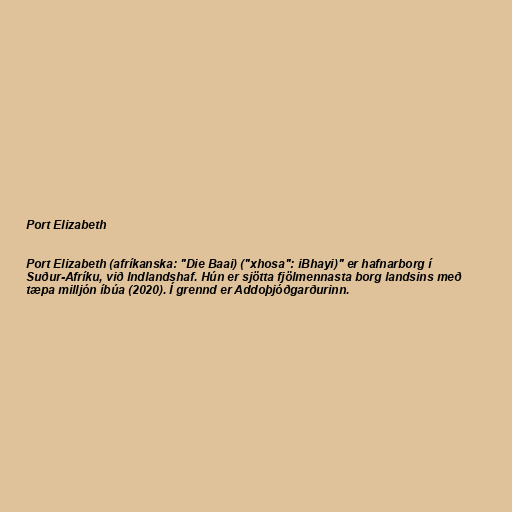
Port Elizabeth

Port Elizabeth (afríkanska: "Die Baai) ("xhosa": iBhayi)" er hafnarborg í
Suður-Afríku, við Indlandshaf. Hún er sjötta fjölmennasta borg landsins með
tæpa milljón íbúa (2020). Í grennd er Addoþjóðgarðurinn.